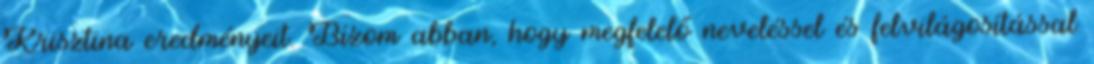
Krisztina eredményeit. Bízom abban, hogy megfelelő neveléssel és felvilágosítással